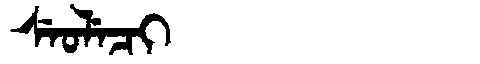
Manchu: ᠰᡝᠣᠯᡝᠴᡳ
Romanization: SEOLECI